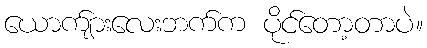
ယောက်ျားလေးဘက်က ပိုင်တော့တာပဲ။